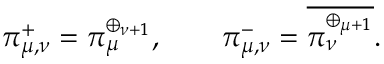
\pi _ { \mu , \nu } ^ { + } = \pi _ { \mu } ^ { \oplus _ { \nu + 1 } } , \qquad \pi _ { \mu , \nu } ^ { - } = { \overline { { \pi _ { \nu } ^ { \oplus _ { \mu + 1 } } } } } .